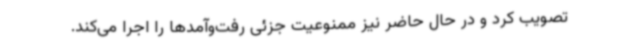
تصویب کرد و در حال حاضر نیز ممنوعیت جزئی رفت‌وآمدها را اجرا می‌کند.